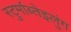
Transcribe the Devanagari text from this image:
स्टुर्माब्तेइलुंग